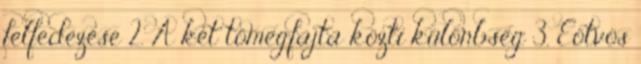
felfedezése 2. A két tömegfajta közti különbség 3. Eötvös